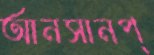
আনসানপ্